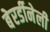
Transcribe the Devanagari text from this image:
बेरर्डीनेली